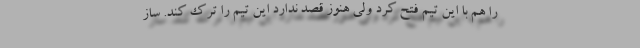
را هم با این تیم فتح کرد ولی هنوز قصد ندارد این تیم را ترک کند. ساز